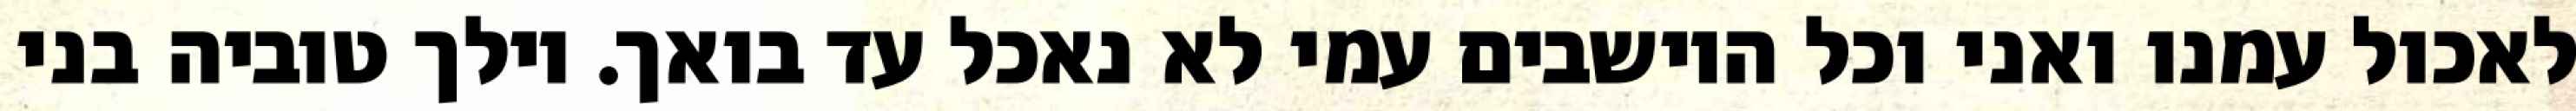
לאכול עמנו ואני וכל היושבים עמי לא נאכל עד בואך. וילך טוביה בני